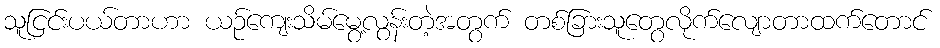
သူငြင်းပယ်တာဟာ ယဉ်ကျေးသိမ်မွေ့လွန်းတဲ့အတွက် တစ်ခြားသူတွေလိုက်လျောတာထက်တောင်